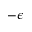
- \epsilon